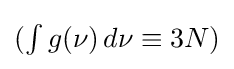
{\textstyle (\int g(\nu )\,d\nu \equiv 3N)}